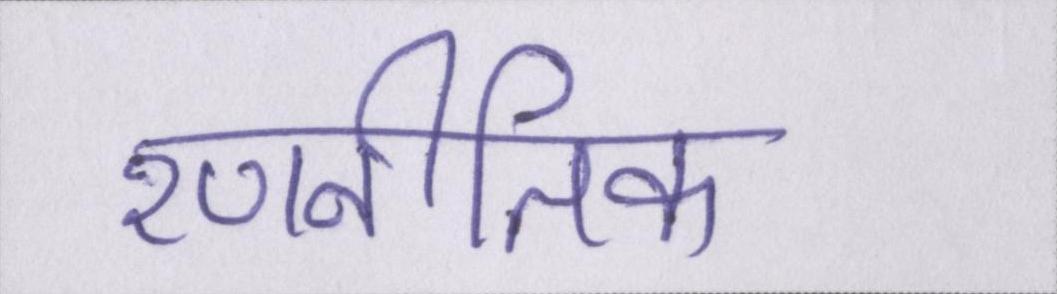
रणनीतिक